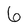
Character: 6